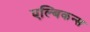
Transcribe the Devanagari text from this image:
एल्बिकन्स